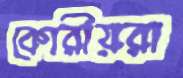
কোরীয়রা